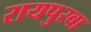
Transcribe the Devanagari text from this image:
रायपुरवा